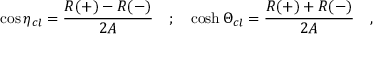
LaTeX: \cos \eta _ { c l } = \frac { R ( + ) - R ( - ) } { 2 A } \quad ; \quad \cosh \Theta _ { c l } = \frac { R ( + ) + R ( - ) } { 2 A } \quad ,